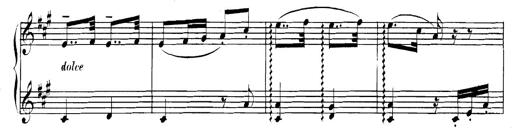
Title: Spinnerlied aus dem Fliegenden HollÃ¤nder
Composer: Franz Liszt